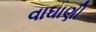
વાઘાણી